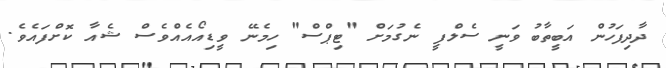
ދާދިފަހުން އަބީތާބު ވަނީ ސެލްފީ ނެގުމަށް "ޓިޕްސް" ހިމެނޭ ވީޑިއޯއެއްވެސް ޝެއާ ކޮށްފައެވެ.